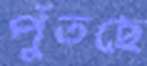
পুঁতছে